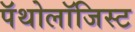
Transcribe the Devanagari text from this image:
पॅथोलॉजिस्ट